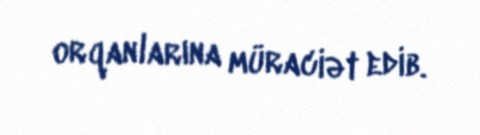
orqanlarına müraciət edib.